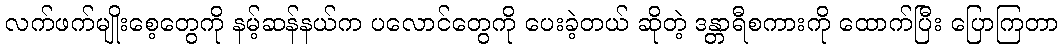
လက်ဖက်မျိုးစေ့တွေကို နမ့်ဆန်နယ်က ပလောင်တွေကို ပေးခဲ့တယ် ဆိုတဲ့ ဒန္တာရီစကားကို ထောက်ပြီး ပြောကြတာ